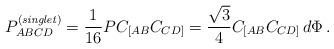
LaTeX: \begin{align*}P_{ABCD}^{\left({\it singlet}\right)} = {1\over 16}P C_{[AB} C_{CD]}={\sqrt{3}\over 4}C_{[AB}C_{CD]}\, d \Phi\, .\end{align*}